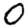
Digit: 0